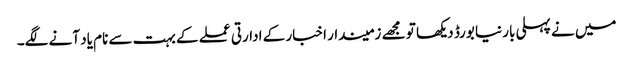
میں نے پہلی بار نیا بورڈ دیکھا تو مجھے زمیندار اخبار کے ادارتی عملے کے بہت سے نام یاد آنے لگے۔